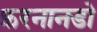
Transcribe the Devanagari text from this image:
फ़रनानडो